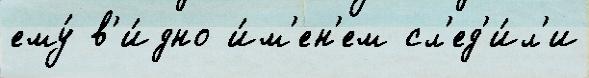
ему́ в'и́дно и́м'ен'ем сл'ед'и́л'и